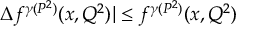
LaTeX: \Delta f ^ { \gamma ( P ^ { 2 } ) } ( x , Q ^ { 2 } ) | \leq f ^ { \gamma ( P ^ { 2 } ) } ( x , Q ^ { 2 } )